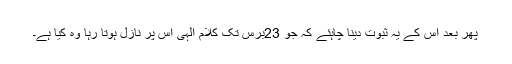
پھر بعد اس کے یہ ثبوت دینا چاہئے کہ جو 23برس تک کلام الٰہی اس پر نازل ہوتا رہا وہ کیا ہے۔